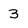
Character: 3